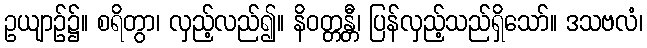
ဥယျာဉ်၌။ စရိတွာ၊ လှည့်လည်၍။ နိဝတ္တန္တီ၊ ပြန်လှည့်သည်ရှိသော်။ ဒသဗလံ၊